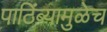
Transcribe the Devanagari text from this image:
पाठिंब्यामुळेच